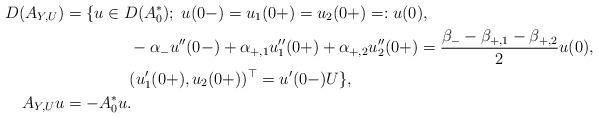
LaTeX: \begin{align*} D(A_{Y,U}) & = \{u\in D(A_0^*);\; u(0-) = u_1(0+) = u_2(0+)=:u(0),\\ & \qquad\qquad-\alpha_- u''(0-) + \alpha_{+,1} u_1''(0+) + \alpha_{+,2}u_2''(0+) = \frac{\beta_- - \beta_{+,1}-\beta_{+,2}}{2} u(0),\\ & \qquad\qquad(u_1'(0+),u_2(0+))^\top = u'(0-) U\},\\ A_{Y,U} u & = -A_0^*u. \end{align*}